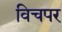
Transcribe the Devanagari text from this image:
विचपर